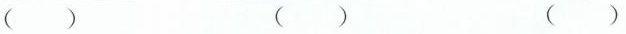
() () ()